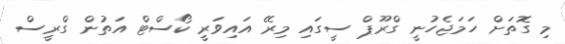
މި ގޮތަށް ހަމަޖެހުނީ ގްރޫޕް ސީގައި މިރޭ އައިވަރީ ކޯސްޓް އަތުން ގްރީސް